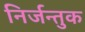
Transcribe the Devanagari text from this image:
निर्जन्तुक